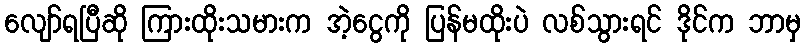
လျော်ရပြီဆို ကြားထိုးသမားက အဲ့ငွေကို ပြန်မထိုးပဲ လစ်သွားရင် ဒိုင်က ဘာမှ